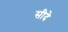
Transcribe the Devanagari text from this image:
सीदे